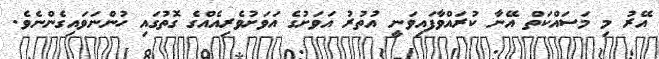
އޭރު މި މަސައްކަތް އޭނާ ކުރައްވާފައިވަނީ އުތުރު އަވަށުގެ އަވަށުވެރިއެއްގެ ގޮތުގައި ހުންނަވައިގެންނެވެ.